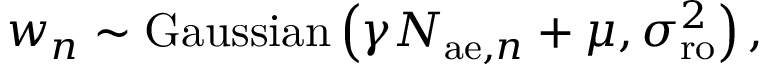
w _ { n } \sim \mathrm { G a u s s i a n } \left( \gamma N _ { \mathrm { a e } , n } + \mu , \sigma _ { \mathrm { r o } } ^ { 2 } \right) ,